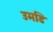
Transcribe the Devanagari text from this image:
उमडि